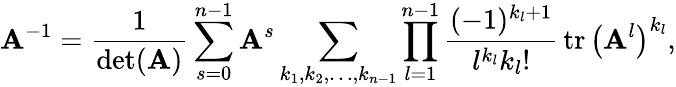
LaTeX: \mathbf{A}^{-1}={\frac{1}{\operatorname*{det}(\mathbf{A})}}\sum_{s=0}^{n-1}\mathbf{A}^{s}\sum_{k_{1},k_{2},\ldots,k_{n-1}}\prod_{l=1}^{n-1}{\frac{(-1)^{k_{l}+1}}{l^{k_{l}}k_{l}!}}\operatorname{tr}\left(\mathbf{A}^{l}\right)^{k_{l}},